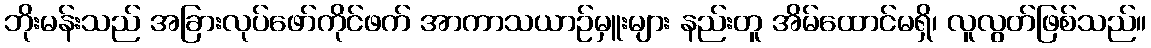
ဘိုးမန်းသည် အခြားလုပ်ဖော်ကိုင်ဖက် အာကာသယာဉ်မှူးများ နည်းတူ အိမ်ထောင်မရှိ၊ လူလွတ်ဖြစ်သည်။